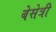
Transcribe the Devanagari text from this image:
बेसेत्री